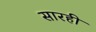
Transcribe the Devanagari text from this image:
सारही